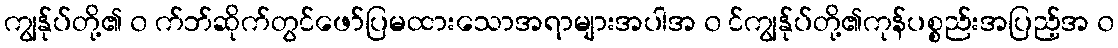
ကျွန်ုပ်တို့၏ ၀ က်ဘ်ဆိုက်တွင်ဖော်ပြမထားသောအရာများအပါအ ၀ င်ကျွန်ုပ်တို့၏ကုန်ပစ္စည်းအပြည့်အ ၀